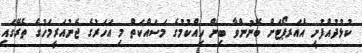
ކުޅުދުއްފުށީ އެއަރޕޯޓަށް ބޭނުންވާ ބިން ހިއްކުމުގެ މަސައްކަތް މި އަހަރުގެ ޖެނުއަރީމަހުގެ ތެރޭގައި